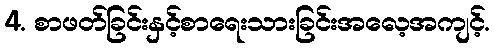
4. စာဖတ်ခြင်းနှင့်စာရေးသားခြင်းအလေ့အကျင့်.